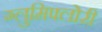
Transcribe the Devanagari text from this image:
ग्लुमिफ्लोरी